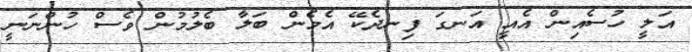
އަލީ ހުސެއިން އެއީ އަނގަ ފިނދެކޭ އެމެން ބަލާ ބެލުމުން ވެސް ހުންނަނީ